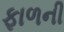
ફાળની